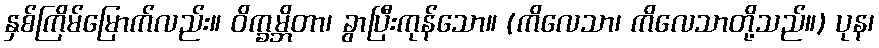
နှစ်ကြိမ်မြောက်လည်း။ ဝိက္ခမ္ဘိတာ၊ ခွာပြီးကုန်သော။ (ကိလေသာ၊ ကိလေသာတို့သည်။) ပုန၊